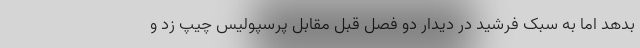
بدهد اما به سبک فرشید در دیدار دو فصل قبل مقابل پرسپولیس چیپ زد و